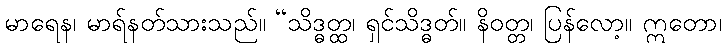
မာရေန၊ မာရ်နတ်သားသည်။ “သိဒ္ဓတ္ထ၊ ရှင်သိဒ္ဓတ်။ နိဝတ္တ၊ ပြန်လော့။ ဣတော၊